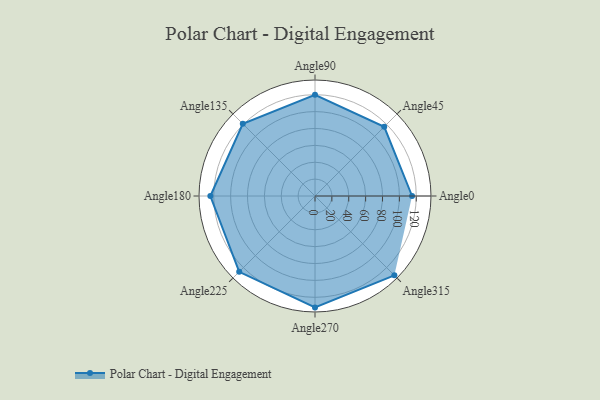
{"axis": {"x": "Angle", "y": "Radius"}, "legend": [""], "data": [{"x": "Angle0", "y": 115.0, "type": ""}, {"x": "Angle45", "y": 116.0, "type": ""}, {"x": "Angle90", "y": 120.0, "type": ""}, {"x": "Angle135", "y": 121.0, "type": ""}, {"x": "Angle180", "y": 124.0, "type": ""}, {"x": "Angle225", "y": 127.0, "type": ""}, {"x": "Angle270", "y": 132.0, "type": ""}, {"x": "Angle315", "y": 133.0, "type": ""}]}